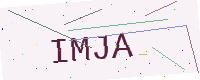
Text: IMJA